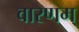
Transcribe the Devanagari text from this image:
वारणम्